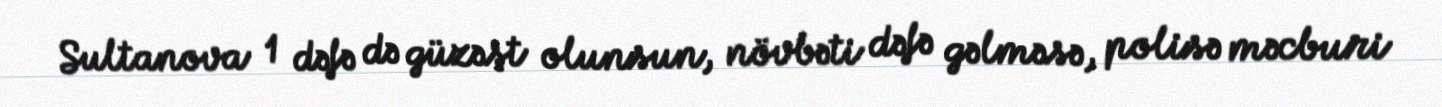
Sultanova 1 dəfə də güzəşt olunsun, növbəti dəfə gəlməsə, polisə məcburi